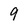
Character: 9